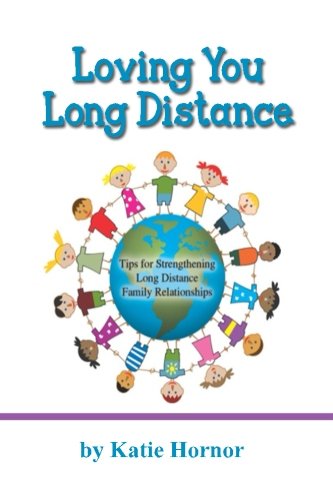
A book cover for Loving You Long Distance: Tips for Strengthening Long Distance Family Relationships; Katie Hornor; Parenting & Relationships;